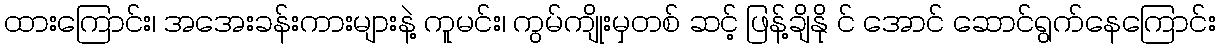
ထားကြောင်း၊ အအေးခန်းကားများနဲ့ ကူမင်း၊ ကွမ်ကျိုးမှတစ် ဆင့် ဖြန့်ချိနို င် အောင် ဆောင်ရွက်နေကြောင်း